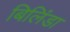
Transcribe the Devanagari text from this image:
बिलिंडा